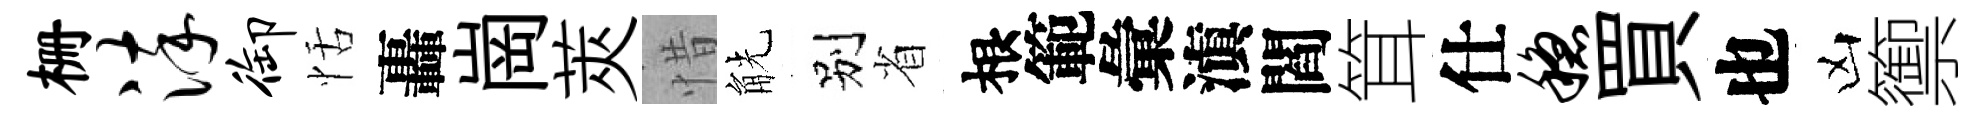
栅淬御恬轟崗莢惜觥别省根範彙滇閻䇯仕稳買也凶籞